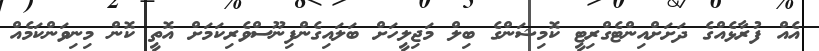
އެއް ފުރާޅެއްގެ ދަށަށްއިންޓެގްރިޓީ ކޮމިޝަންގެ ބިލް މަޖިލީހަށް ބަލައިގެންފިނޫސްވެރިކަމަށް އޮތީ ކޮން މިނިވަންކަމެއް